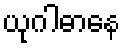
ယုဂါဓာနေ